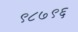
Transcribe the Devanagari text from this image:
९८७९६